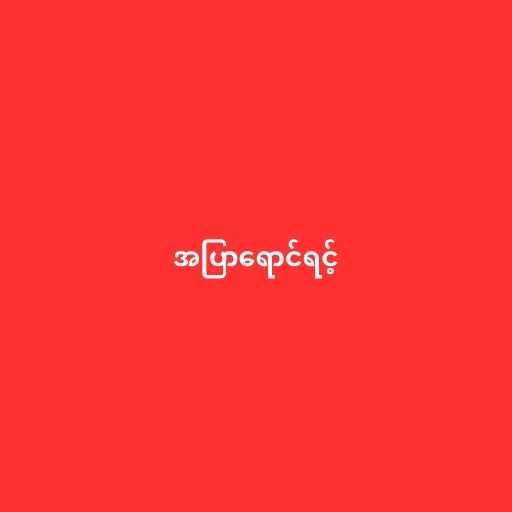
အပြာရောင်ရင့်